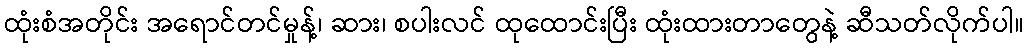
ထုံးစံအတိုင်း အရောင်တင်မှုန့်၊ ဆား၊ စပါးလင် ထုထောင်းပြီး ထုံးထားတာတွေနဲ့ ဆီသတ်လိုက်ပါ။